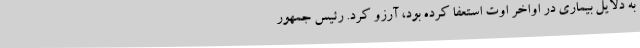
به دلایل بیماری در اواخر اوت استعفا کرده بود، آرزو کرد. رئیس جمهور